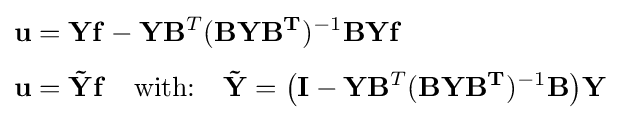
{\begin{aligned}&\mathbf {u} =\mathbf {Y} \mathbf {f} -\mathbf {Y} \mathbf {B} ^{T}(\mathbf {BYB^{T}} )^{-1}\mathbf {BYf} \\[3pt]&\mathbf {u} =\mathbf {\tilde {Y}} \mathbf {f} \quad {\text{with:}}\quad \mathbf {\tilde {Y}} ={\big (}\mathbf {I} -\mathbf {Y} \mathbf {B} ^{T}(\mathbf {BYB^{T}} )^{-1}\mathbf {B} {\big )}\mathbf {Y} \end{aligned}}